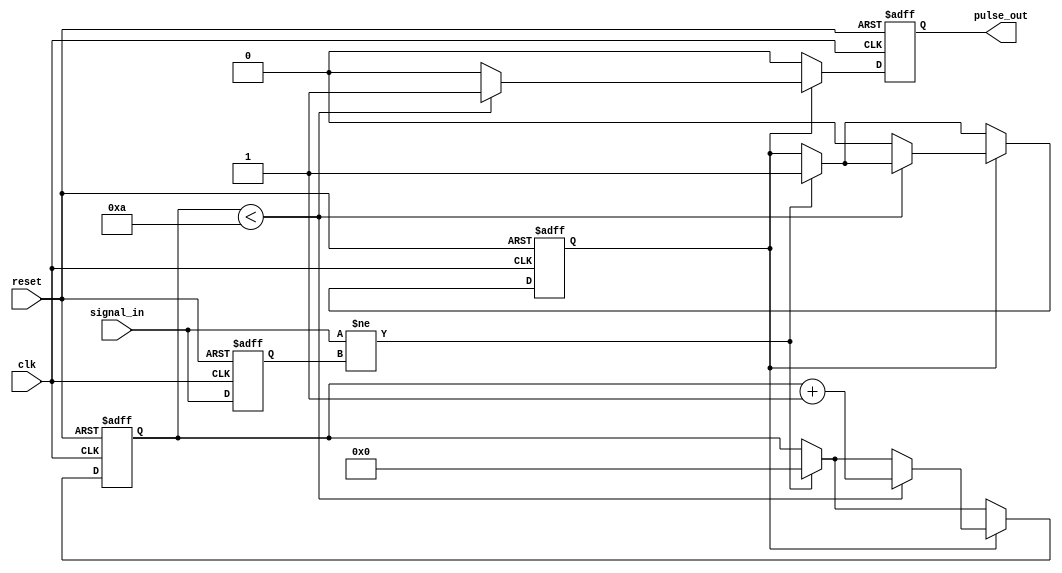
module monostable_edge_detector #(
    parameter PULSE_WIDTH = 10 // Pulse width in clock cycles
)(
    input wire clk,             // System clock
    input wire reset,           // Asynchronous reset
    input wire signal_in,       // Input signal to detect edges
    output reg pulse_out        // Output pulse signal
);

    reg signal_in_prev;         // Previous state of the input signal
    reg [3:0] pulse_counter;    // Counter for pulse width
    reg pulse_active;           // Indicates if pulse is currently active

    // Edge detection logic
    always @(posedge clk or posedge reset) begin
        if (reset) begin
            signal_in_prev <= 1'b0;
            pulse_out <= 1'b0;
            pulse_counter <= 0;
            pulse_active <= 1'b0;
        end else begin
            // Detect rising or falling edge
            if (signal_in != signal_in_prev) begin
                // Edge detected, start pulse generation
                pulse_active <= 1'b1;
                pulse_counter <= 0; // Reset counter
            end

            // Update previous state
            signal_in_prev <= signal_in;

            // Pulse generation logic
            if (pulse_active) begin
                if (pulse_counter < PULSE_WIDTH) begin
                    pulse_counter <= pulse_counter + 1;
                    pulse_out <= 1'b1; // Assert pulse output
                end else begin
                    pulse_active <= 1'b0; // End pulse
                    pulse_out <= 1'b0; // Deassert pulse output
                end
            end else begin
                pulse_out <= 1'b0; // Ensure pulse is low when not active
            end
        end
    end

endmodule